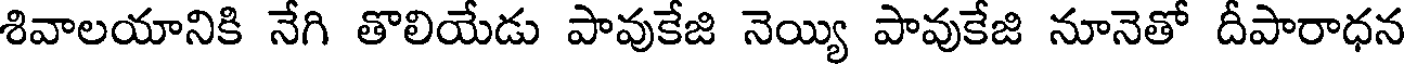
శివాలయానికి నేగి తొలియేడు పావుకేజి నెయ్యి పావుకేజి నూనెతో దీపారాధన